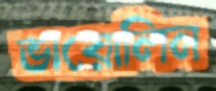
ভায়োলিন